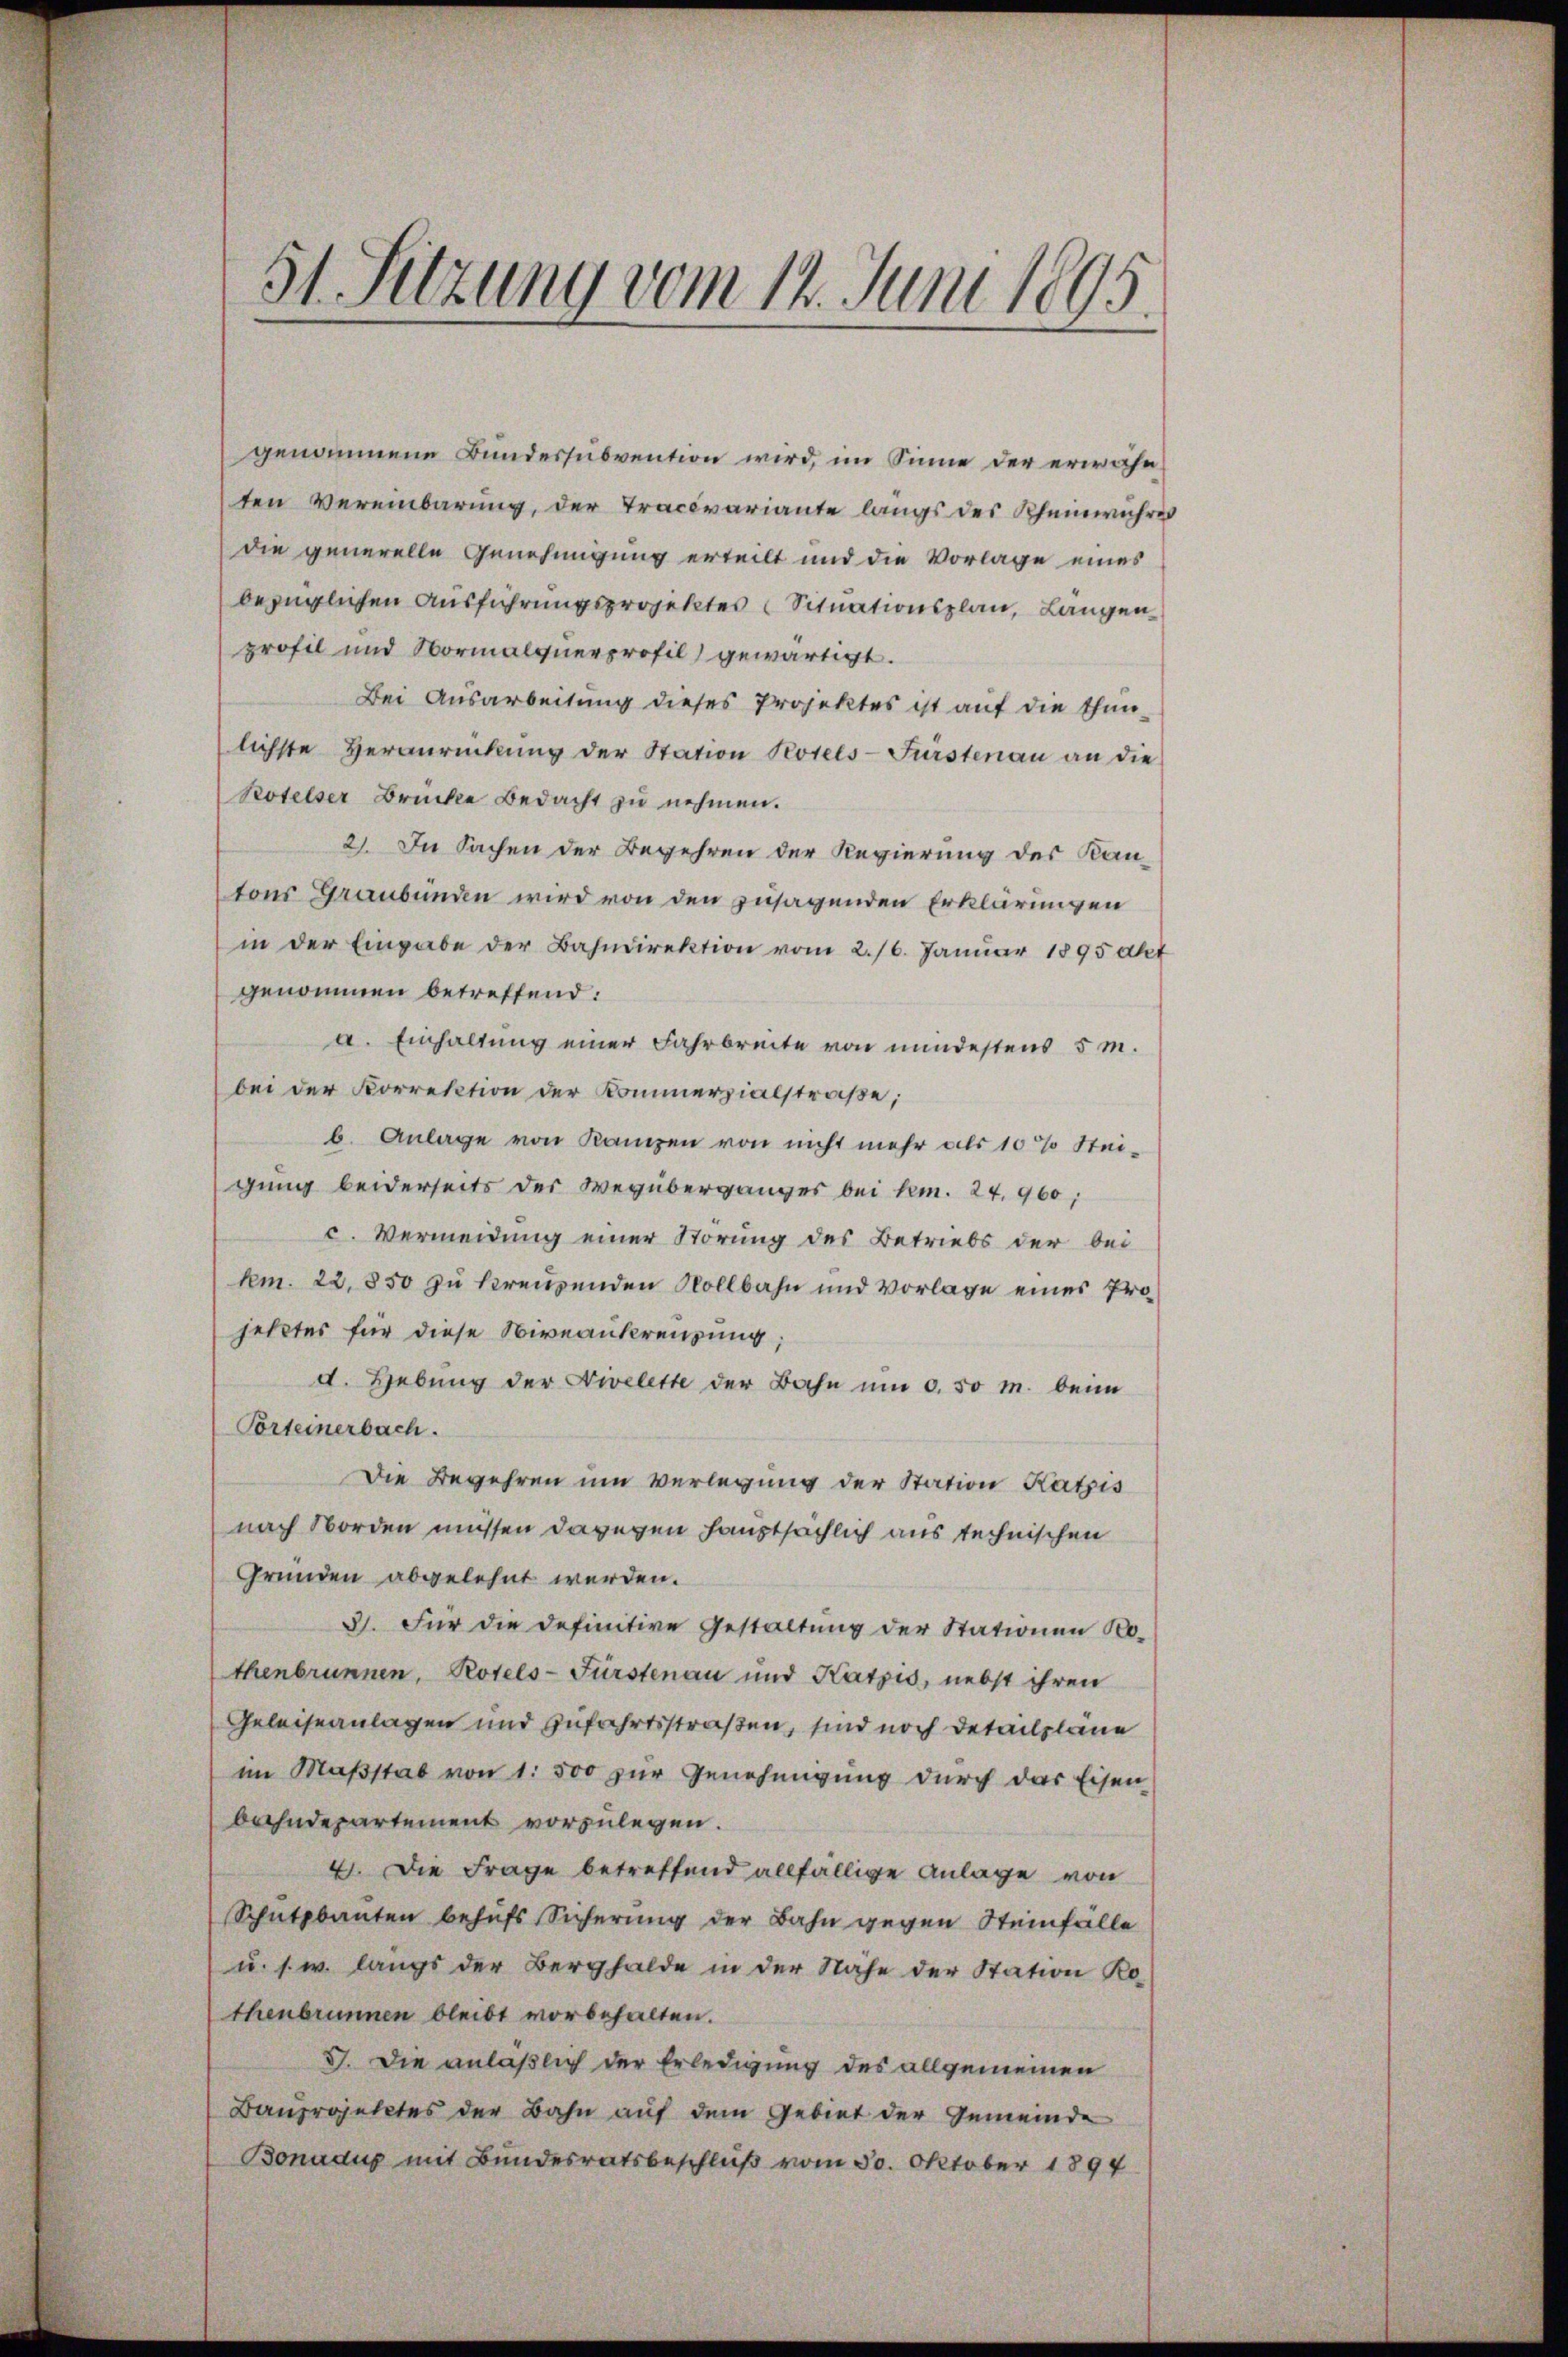
genommene Bundessubvention wird, im Sinne der erwähn
ten Vereinbarung, der Tracévariante langs des Rheinwuhres
die generelle Genehmigung erteilt und die Vorlage eines
bezüglichen Ausführungsprojektes Situationsplan, Längenprofil und Normalqnerprofil gewärtigt.
Bei Ausarbeitung dieses Projektes ist auf die thunlichste Heranrückŭng der Station Kotels-Fürstenau an die
Kotelser Brücke Bedacht zu nehmen.
2). In Sachen der Begehren der Regierung des Kantons Graubünden wird von den zusagenden Erklärungen
in der Eingabe der Bahndirektion vom 2./6. Januar 1895 akt
genommen betreffend:
a. Einhaltung einer Fahrbreite von mindestens 5 m.
bei der Korrektion der Kommerzialstraße;
b. Anlage von Kanzen von nicht mehr als 10% Stei-
gung beiderseits der Wegüberganges bei kn. 24. 960;
c. Vermeidung einer Störung des Betriebs der bei
km. 22. 850 zu kreuzenden Vollbahn und Vorlage eines Projetztes für diese Niveaukreuzung;
d. Hebung der Nivelette der Bahn um 0.50 M. beim
Porteinerbach.
Die Begehren um Verlegung der Station Katzis
nach Norden müssen dagegen hauptsächlich aus technischen
Gründen abgelehnt werden.
3. Für die definitive Gestaltung der Stationen No-
thenbrunnen, Rotels-Fürstenau und Katzes, nebst ihren
Geleiseanlagen und zufahrtsstraßen, sind noch detailpläne
im Maβstab von 1. 500 zur Genehmigung durch das Eisen-
bahndepartement vorzulegen.
4. Die Frage betreffend allfällige Anlage von
Schutzbauten behufs Sicherung der Bahn gegen Steinfälle
u. s. w. langs der Berghalde in der Nähe der Station Ko-
thenbrunnen bleibt vorbehalten.
V. Die anläßlich der Erledigung des allgemeinen
Bauprojektes der Bahn auf dem Gebiet der Gemeinde
Bonadup mit Bundesratsbeschluß vom 30. Oktober 1894

51. Sitzung vom 12. Juni 1895.